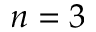
n = 3